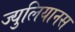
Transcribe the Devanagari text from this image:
ज्युलियानस